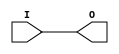
module IBUF_HSTL_III_DCI (O, I);

    output O;

    input  I;

	buf B1 (O, I);


endmodule